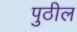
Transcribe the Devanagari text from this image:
पुठील